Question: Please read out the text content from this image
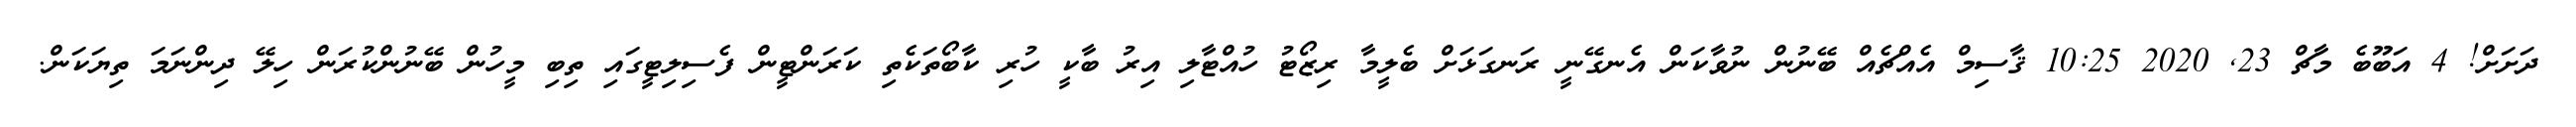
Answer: ދަށަށް! 4 އަބޫބެ މާޗް 23, 2020 10:25 ޤާސިމް އެއްޗެއް ބޭނުން ނުވާކަން އެނގޭނީ ރަނގަޅަށް ބެލީމާ ރިޒޯޓު ހުއްޓާލި އިރު ބާކީ ހުރި ކާބޯތަކެތި ކަރަންޓީން ފެސިލިޓީގައި ތިބި މީހުން ބޭނުންކުރަން ހިލޭ ދިންނަމަ ތިޔަކަން.